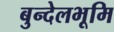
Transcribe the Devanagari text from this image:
बुन्देलभूमि